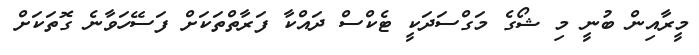
މީރާއިން ބުނީ މި ޝޯގެ މަގްސަދަކީ ޓެކްސް ދައްކާ ފަރާތްތަކަށް ފަސޭހަވާނެ ގޮތަކަށް